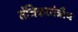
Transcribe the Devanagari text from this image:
तंत्रिकातंत्रीय